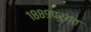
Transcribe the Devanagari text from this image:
१८८९पर्यंत